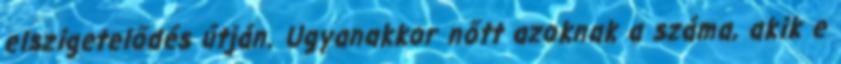
elszigetelődés útján. Ugyanakkor nőtt azoknak a száma, akik e